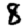
Digit: 8